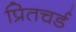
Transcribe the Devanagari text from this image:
प्रितचर्ड